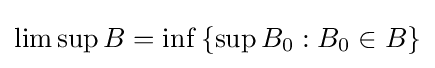
\limsup B=\inf \,\{\sup B_{0}:B_{0}\in B\}